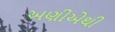
અણીએથી